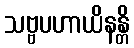
သဗ္ဗပဟာယိနန္တိ